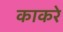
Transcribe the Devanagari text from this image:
काकरे